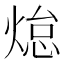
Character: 𭵟